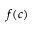
f ( c )